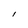
Character: l